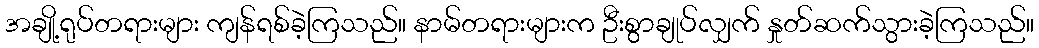
အချို့ရုပ်တရားများ ကျန်ရစ်ခဲ့ကြသည်။ နာမ်တရားများက ဦးစွာချုပ်လျှက် နှုတ်ဆက်သွားခဲ့ကြသည်။